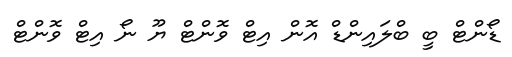
ޑޯންޓް ބީ ބްލައިންޑް އޮން އިޓް ވޮންޓް ޔޫ ނޯ އިޓް ވޮންޓް